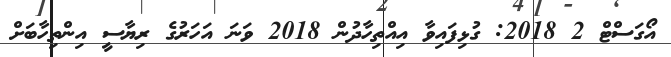
އޯގަސްޓް 2 2018: ގުޅިފައިވާ އިއްތިހާދުން 2018 ވަނަ އަހަރުގެ ރިޔާސީ އިންތިހާބަށް